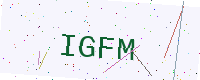
Text: IGFM